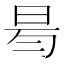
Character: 𣆃